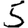
Digit: 5